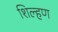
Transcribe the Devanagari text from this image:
शिल्हण